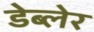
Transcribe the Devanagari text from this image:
डेब्लेर